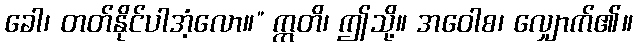
ခေါ၊ တတ်နိုင်ပါအံ့လော။” ဣတိ၊ ဤသို့။ အဝေါစ၊ လျှောက်၏။